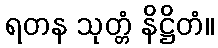
ရတန သုတ္တံ နိဋ္ဌိတံ။